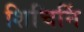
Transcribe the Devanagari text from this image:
शिचिनिं